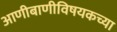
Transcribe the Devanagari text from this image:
आणीबाणीविषयकच्या